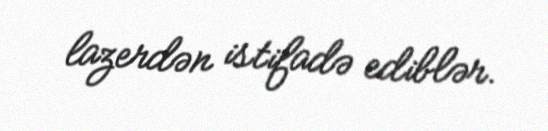
lazerdən istifadə ediblər.